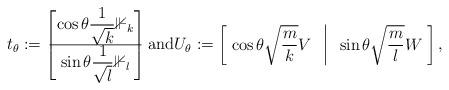
LaTeX: \begin{align*} t_\theta:= \begin{bmatrix} \cos\theta \dfrac{1}{\sqrt{k}} \mathbb{1}_k \\ \hline \sin \theta \dfrac{1}{\sqrt{l}}\mathbb{1}_l \end{bmatrix}\mbox{and} U_\theta:= \begin{bmatrix} \; \cos\theta \sqrt{\dfrac{m}{k}} V & \vline & \sin \theta \sqrt{\dfrac{m}{l}} W \; \end{bmatrix},\end{align*}